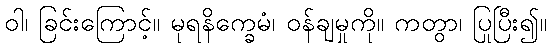
ဝါ၊ ခြင်းကြောင့်။ မုရနိက္ခေမံ၊ ဝန်ချမှုကို။ ကတွာ၊ ပြုပြီး၍။